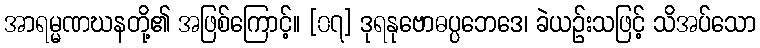
အာရမ္မဏဃနတို့၏ အဖြစ်ကြောင့်။ [၀၇] ဒုရနုဗောဓပ္ပဘေဒေ၊ ခဲယဉ်းသဖြင့် သိအပ်သော